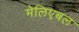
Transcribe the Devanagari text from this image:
मेलिएबल